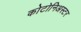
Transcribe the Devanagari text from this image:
कोटोनिअस्टर